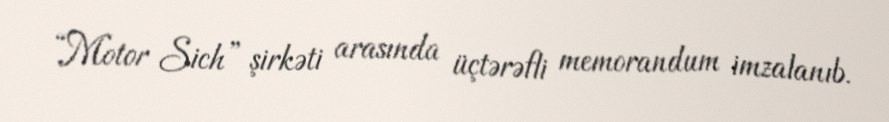
“Motor Sich” şirkəti arasında üçtərəfli memorandum imzalanıb.